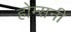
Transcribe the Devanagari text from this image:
होम्सनी